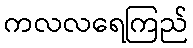
ကလလရေကြည်